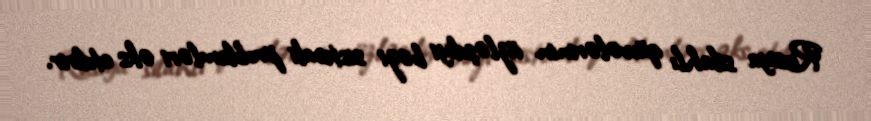
Rusiya silahlı qüvvələrinin üzləşdiyi bəzi sistemli problemləri əks etdirir.